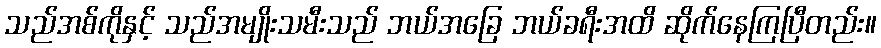
သည်အစ်ကိုနှင့် သည်အမျိုးသမီးသည် ဘယ်အခြေ ဘယ်ခရီးအထိ ဆိုက်နေကြပြီတည်း။